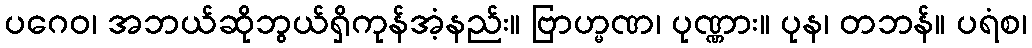
ပဂေဝ၊ အဘယ်ဆိုဘွယ်ရှိကုန်အံ့နည်း။ ဗြာဟ္မဏ၊ ပုဏ္ဏား။ ပုန၊ တဘန်။ ပရံစ၊